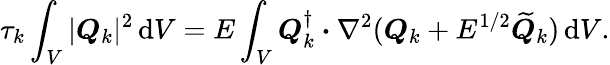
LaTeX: \tau_{k}\int_{V}|\boldsymbol{Q}_{k}|^{2}\, \mathrm{d}V=E\int_{V}\boldsymbol{Q}_{k}^{\dagger}\boldsymbol{\cdot}\nabla^{2}(\boldsymbol{Q}_{k}+E^{1/2}\widetilde{\boldsymbol{Q}}_{k})\, \mathrm{d}V.